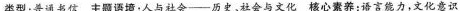
类型：普通书信主题语境：人与社会——历史，社会与文化核心素养：语言能力，文化意识